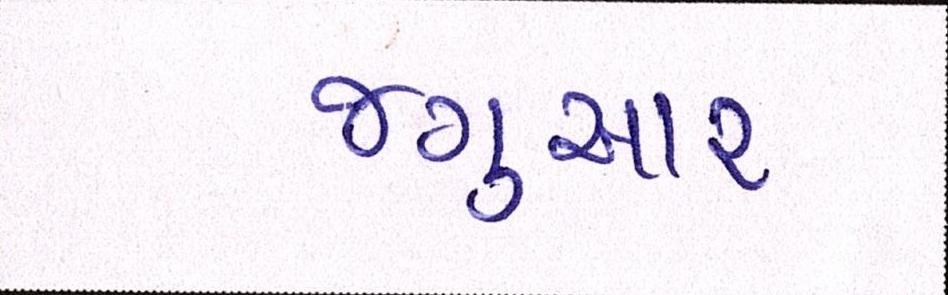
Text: જગુઆર